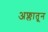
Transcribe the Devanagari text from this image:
अफ्लातून